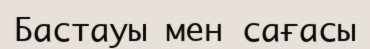
Бастауы мен сағасы